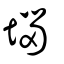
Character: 堖